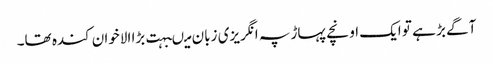
آگے بڑ ہے تو ایک اونچے پہاڑ پہ انگریزی زبان میںبہت بڑا الاخوان کندہ تھا۔